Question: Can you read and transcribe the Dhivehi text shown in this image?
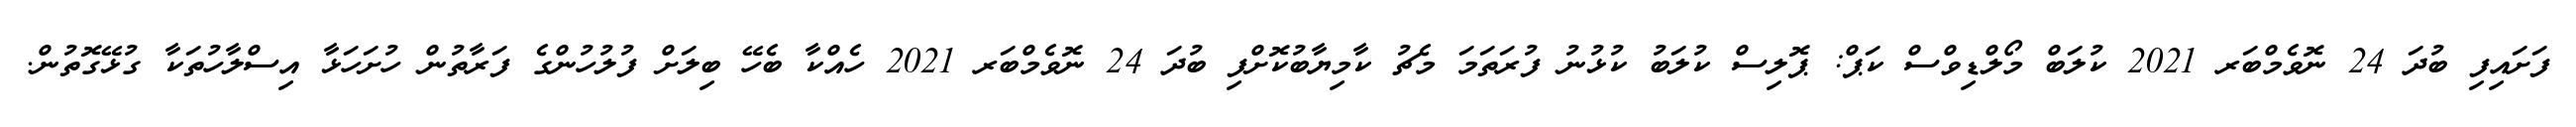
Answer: ފަށައިފި ބުދަ 24 ނޮވެމްބަރ 2021 ކުލަބް މޯލްޑިވްސް ކަޕް: ޕޮލިސް ކުލަބު ކުޅުނު ފުރަތަމަ މެޗު ކާމިޔާބުކޮށްފި ބުދަ 24 ނޮވެމްބަރ 2021 ހެއްކާ ބެހޭ ބިލަށް ފުލުހުންގެ ފަރާތުން ހުށަހަޅާ އިސްލާހުތަކާ ގުޅޭގޮތުން.